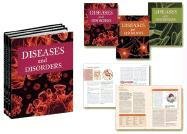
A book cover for Diseases and Disorders; Victoria J., M.d. Fraser; Teen & Young Adult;